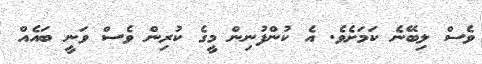
ވެސް ލިބޭނެ ކަމަށެވެ. އެ ކުންފުނިން މީގެ ކުރިން ވެސް ވަނީ ބައެއް